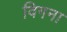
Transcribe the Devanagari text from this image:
विगना